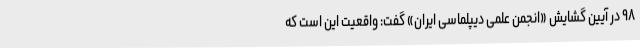
۹۸ در آیین گشایش «انجمن علمی دیپلماسی ایران» گفت: واقعیت این است که